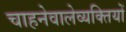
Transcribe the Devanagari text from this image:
चाहनेवालेव्यक्तियों